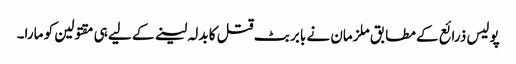
پولیس ذرائع کے مطابق ملزمان نے بابر بٹ قتل کا بدلہ لینے کے لیے ہی مقتولین کو مارا۔